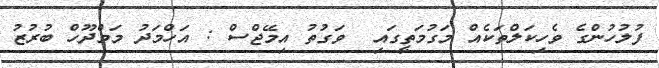
ފުލުހުންގެ ވެހިކަލްތަކެއް މަގުމަތީގައި  ވަގުތު އިމޭޖްސް : އަހްމަދު މަމްދޫހް ބުރުޒު